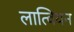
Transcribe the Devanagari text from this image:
लात्वियन